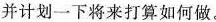
并计划一下将来打算如何做。